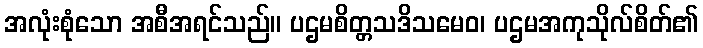
အလုံးစုံသော အစီအရင်သည်။ ပဌမစိတ္တသဒိသမေဝ၊ ပဌမအကုသိုလ်စိတ်၏